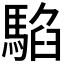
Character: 𩤂